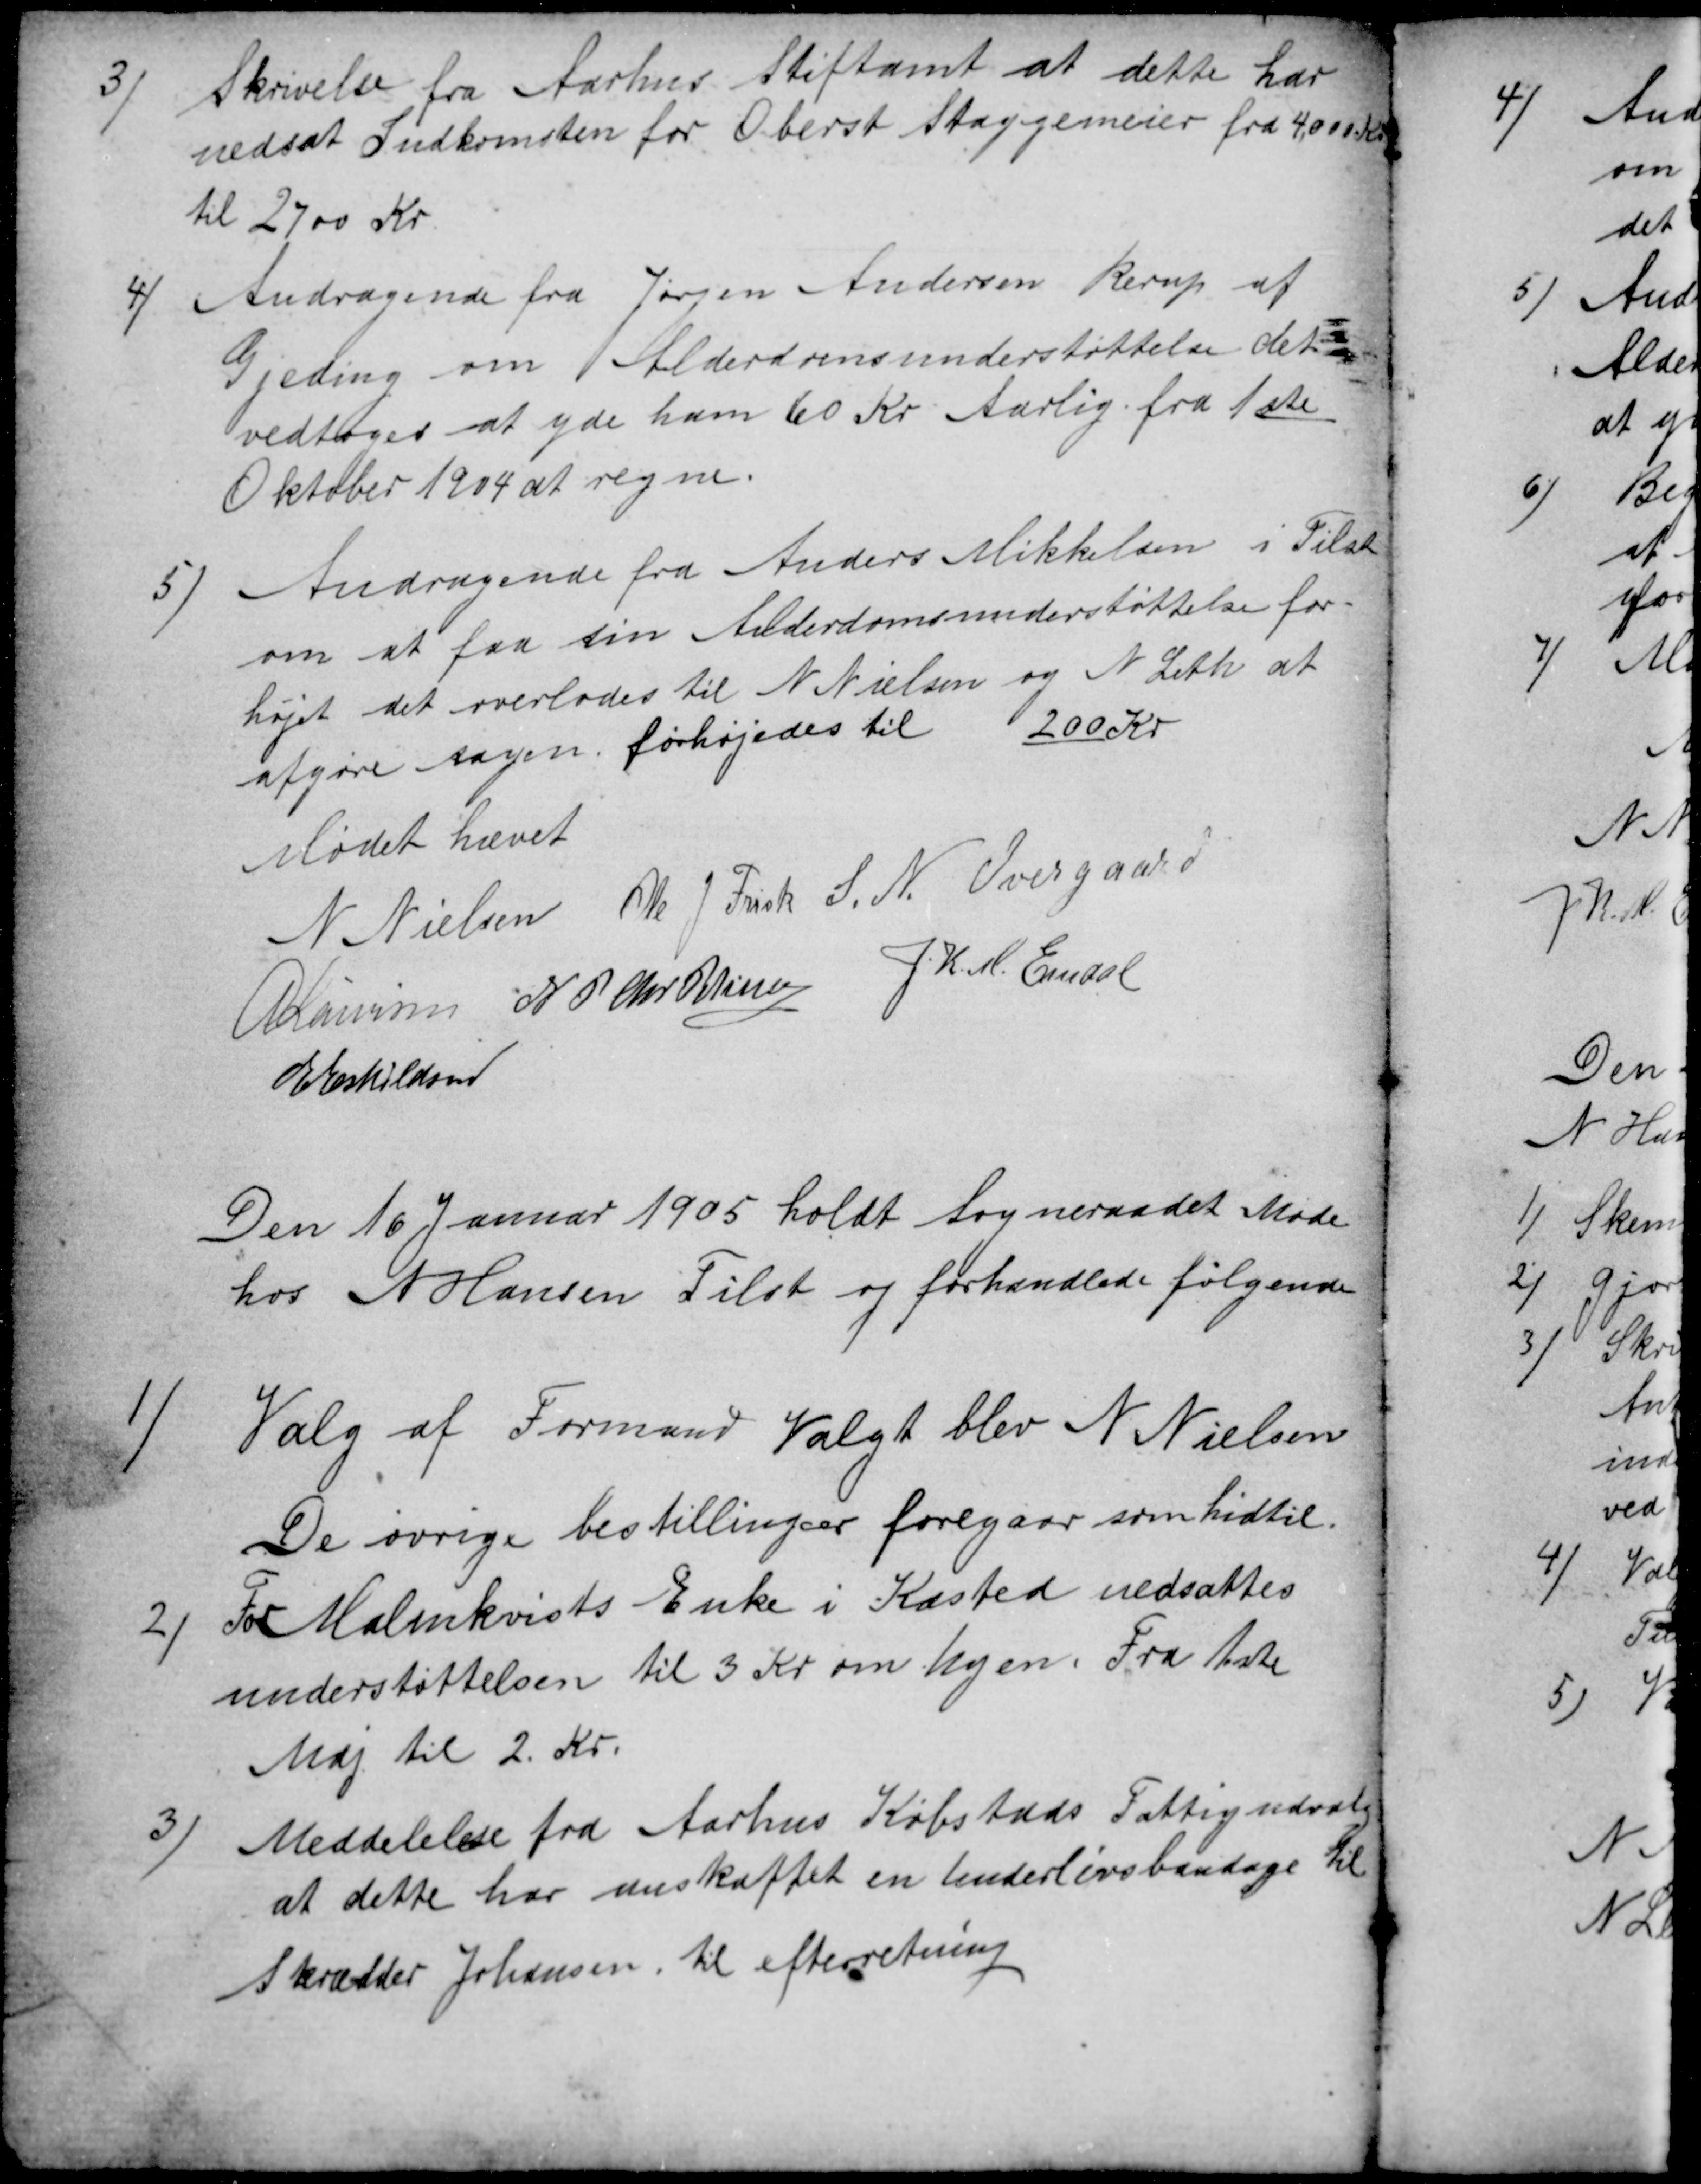
Transskription:
3)
Skrivelse fra Aarhus Stiftamt at dette har
nedsat Indkomsten for Oberst Staggemeier fra 4000 Kr
til 2700 Kr.
4
Andragende fra Jørgen Andersen Rerup af
Gjeding om Alderdomsunderstøttelse det
vedtoges at yde ham 60 Kr Aarlig fra 1ste
Oktober 1904 at regne.
5)
Andragende fra Anders Mikkelsen i Tilst
om at faa sin Anderdomsunderstøttelse for-
højet det overlodes til N Nielsen og N Leth at
afgøre sagen forhøjedes til 200 Kr
Mødet hævet
N Nielsen Ole J Frisk S. N. Overgaard
A Laursen N P Chr Petersen J. K. M. Emdal
E Eskildsen
Den 16 Januar 1905 holdt Sogneraadet Møde
hos N Hansen Tilst og forhandlede følgende
1)
Valg af Formand Valgt blev N Nielsen
De øvrige bestillinger foregaar som hidtil.
2)
For Malmkvists Enke i Kasted nedsattes
understøttelsen til 3 Kr om Ugen. Fra 1ste
Maj til 2 Kr.
3)
Meddelelse fra Aarhus Købstads Fattigudvalg
at dette har anskaffet en Underlivsbandage til
Skrædder Johansen. til efterretning